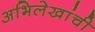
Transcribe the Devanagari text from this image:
अभिलेखांची